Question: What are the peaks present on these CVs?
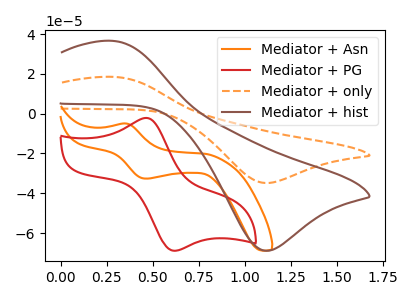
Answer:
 <answer>The orange curve "Mediator + Asn" has an anodic peak at (0.35V, -4.95uA) and a cathodic peak at (0.45V, -32.65uA). The red curve "Mediator + PG" has an anodic peak at (0.45V, -2.15uA) and a cathodic peak at (0.60V, -68.90uA). The orange dashed curve "Mediator + only" has an anodic peak at (0.30V, 18.55uA) and a cathodic peak at (1.10V, -34.85uA). The brown curve "Mediator + hist" has an anodic peak at (0.30V, 36.65uA) and a cathodic peak at (1.10V, -68.90uA).</answer>
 <eval></eval>